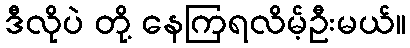
ဒီလိုပဲ တို့ နေကြရလိမ့်ဦးမယ်။